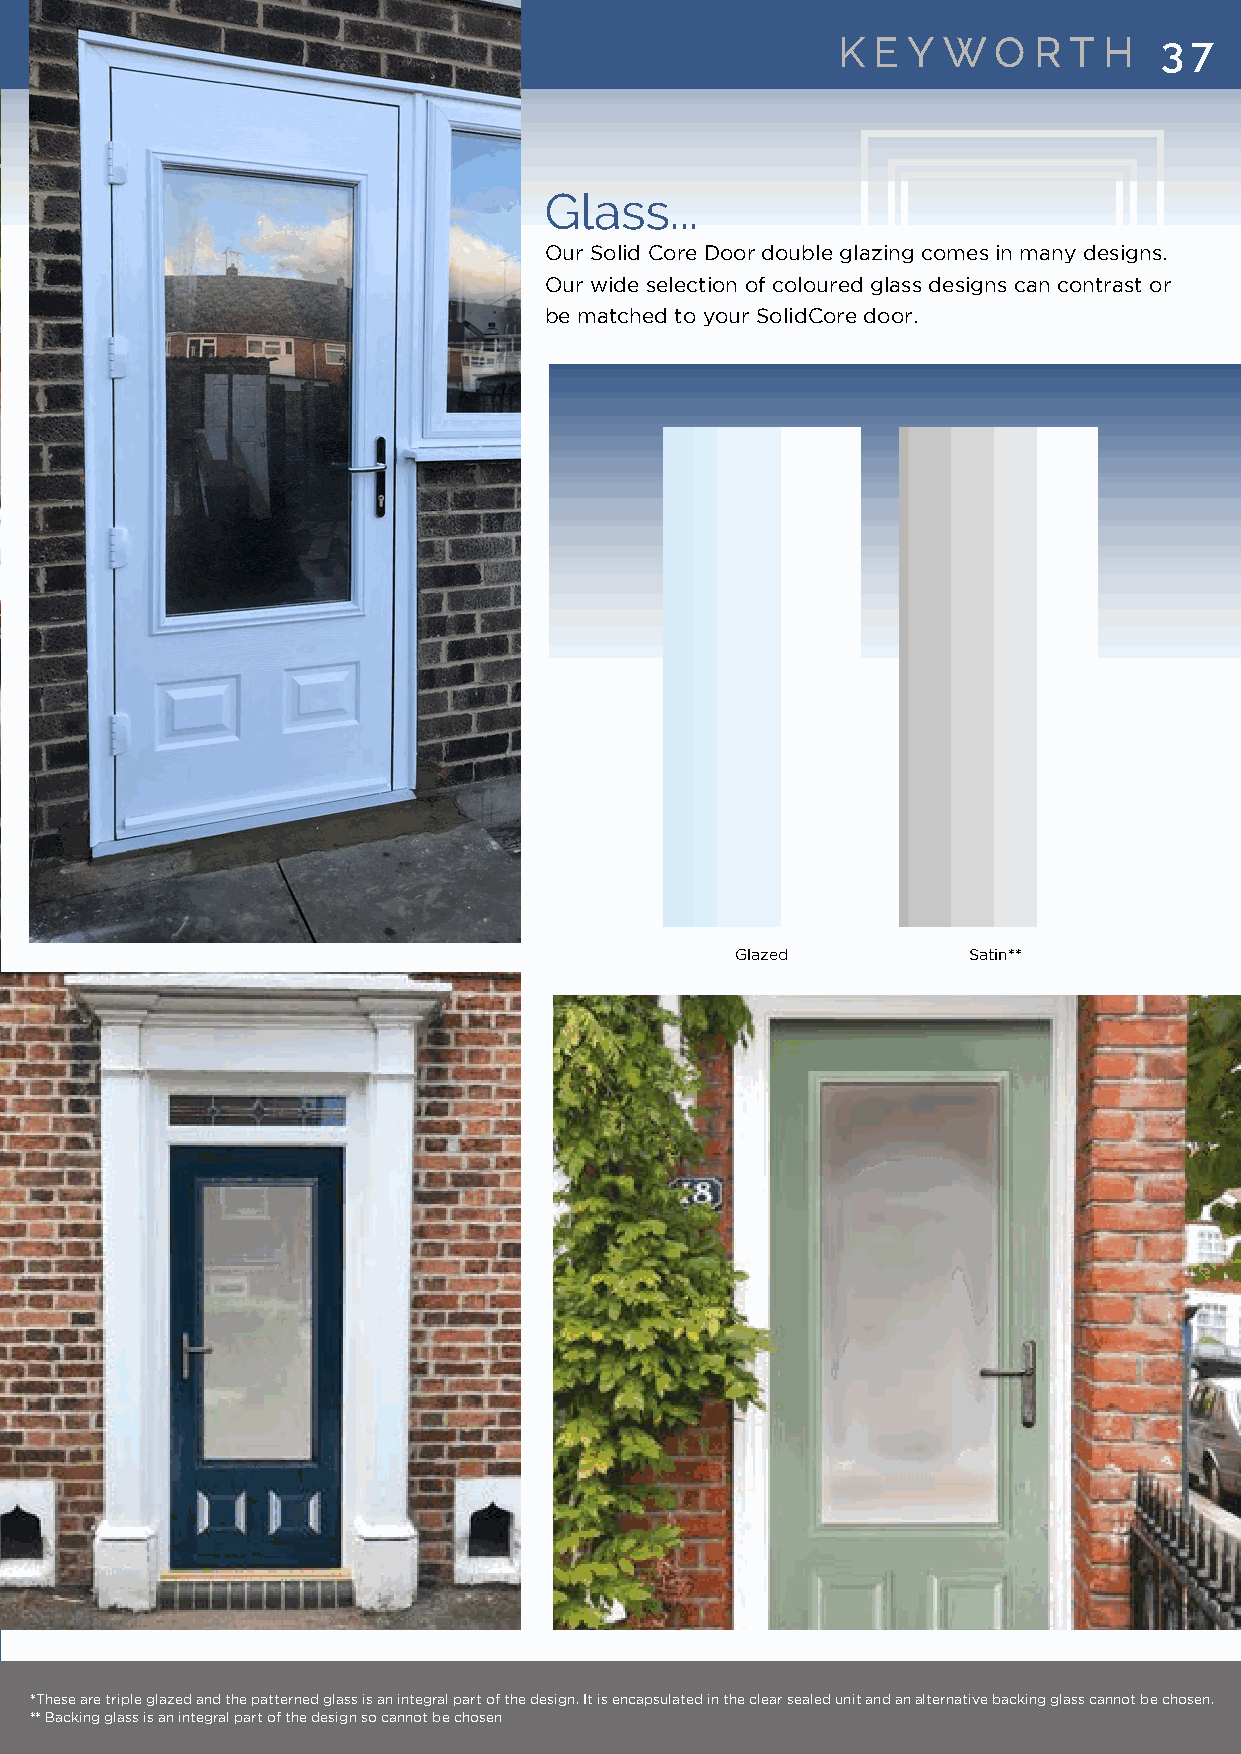
KK EE YY WW OO RR TT HH 33 77
 GGllaassss......
 OOuurr SSoolliidd CCoorree DDoooorr ddoouubbllee ggllaazziinngg ccoommeess iinn mmaannyy ddeessiiggnnss..
 OOuurr wwiiddee sseelleeccttiioonn ooff ccoolloouurreedd ggllaassss ddeessiiggnnss ccaann ccoonnttrraasstt oorr
 bbee mmaattcchheedd ttoo yyoouurr SSoolliiddCCoorree ddoooorr..
 GGllaazzeedd   SSaattiinn****
 **TThheessee aarree ttrriippllee ggllaazzeedd aanndd tthhee ppaatttteerrnneedd ggllaassss iiss aann iinntteeggrraall ppaarrtt ooff tthhee ddeessiiggnn.. IItt iiss eennccaappssuullaatteedd iinn tthhee cclleeaarr sseeaalleedd uunniitt aanndd aann aalltteerrnnaattiivvee bbaacckkiinngg ggllaassss ccaannnnoott bbee cchhoosseenn..
 **** BBaacckkiinngg ggllaassss iiss aann iinntteeggrraall ppaarrtt ooff tthhee ddeessiiggnn ssoo ccaannnnoott bbee cchhoosseenn